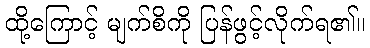
ထို့ကြောင့် မျက်စိကို ပြန်ဖွင့်လိုက်ရ၏။